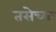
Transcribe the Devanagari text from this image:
तसेच्या